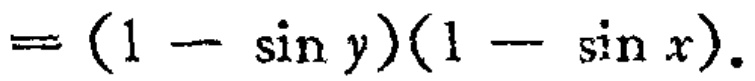
$=(1 - \sin y)(1 - \sin x).$